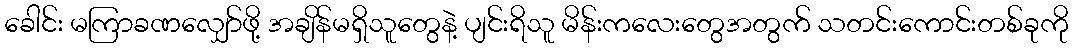
ခေါင်း မကြာခဏလျှော်ဖို့ အချိန်မရှိသူတွေနဲ့ ပျင်းရိသူ မိန်းကလေးတွေအတွက် သတင်းကောင်းတစ်ခုကို